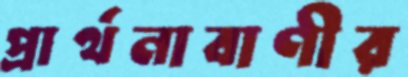
প্রার্থনাবাণীর